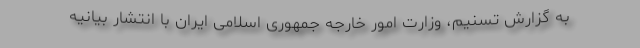
به گزارش تسنیم، وزارت امور خارجه جمهوری اسلامی ایران با انتشار بیانیه